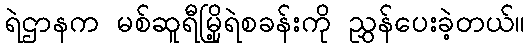
ရဲဌာနက မစ်ဆူရီမြို့ရဲစခန်းကို ညွှန်ပေးခဲ့တယ်။